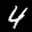
Label: 4